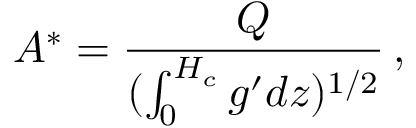
A ^ { * } = \frac { Q } { ( \int _ { 0 } ^ { H _ { c } } g ^ { \prime } d z ) ^ { 1 / 2 } } \, ,